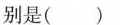
别是()